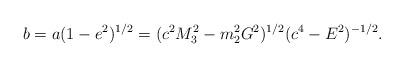
LaTeX: \begin{align*}b = a(1 - e^{2})^{1/2} = (c^{2}M_{3}^{2} - m_{2}^{2}G^{2})^{1/2}(c^{4} - E^{2})^{- 1/2} .\end{align*}